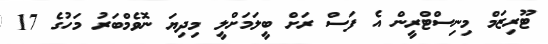
ޓޫރިޒަމް މިނިސްޓްރީން އެ ފަސް ރަށް ބީލަމަށްލީ މިދިޔަ ނޮވެމްބަރު މަހުގެ 17